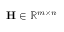
\mathbf { H } \in \mathbb { R } ^ { m \times n }